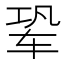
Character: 𬨆